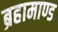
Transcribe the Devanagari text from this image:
ब्रहामाण्ड